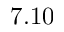
7 . 1 0